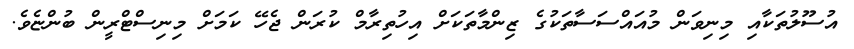
އުސޫލުތަކާއި މިނިވަން މުއައްސަސާތަކުގެ ޒިންމާތަކަށް އިހުތިރާމް ކުރަން ޖެހޭ ކަމަށް މިނިސްޓްރީން ބުންޏެވެ.